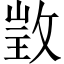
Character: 𢽠